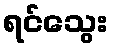
ရင်သွေး